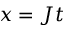
x = J t